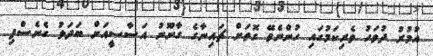
އުމުރު ދުވަހު ވެރިކަމުގައި ހުންނެވޭ ގޮތަށް ޗައިނާގެ ގާނޫނު އަސާސީއަށް ބަދަލު ގެނެސްފި